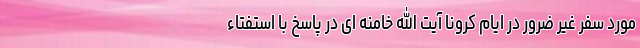
مورد سفر غیر ضرور در ایام کرونا آیت الله خامنه ای در پاسخ با استفتاء